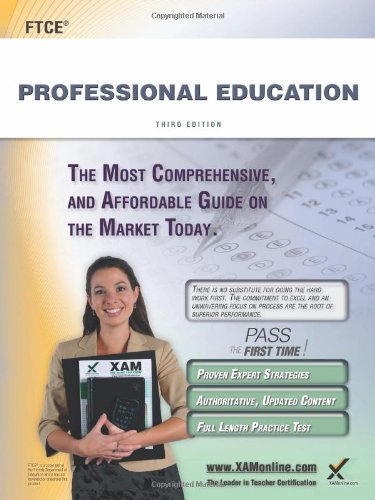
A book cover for FTCE Professional Education Teacher Certification Study Guide Test Prep; Sharon A Wynne; Test Preparation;